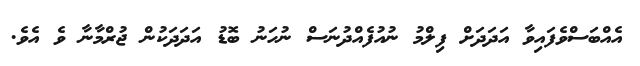
އެއްބަސްވެފައިވާ އަދަދަށް ފިލްމު ނުއުފެއްދުނަސް ނުހަނު ބޮޑު އަދަދަކުން ޖުރްމާނާ ވެ އެވެ.